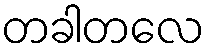
တခါတလေ